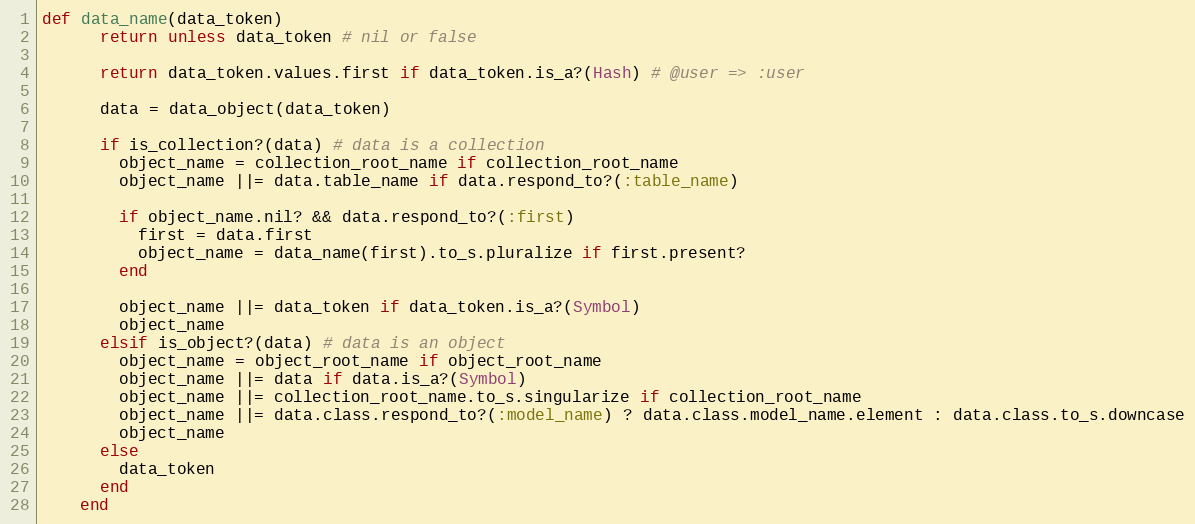
Language: Ruby
def data_name(data_token)
      return unless data_token # nil or false

      return data_token.values.first if data_token.is_a?(Hash) # @user => :user

      data = data_object(data_token)

      if is_collection?(data) # data is a collection
        object_name = collection_root_name if collection_root_name
        object_name ||= data.table_name if data.respond_to?(:table_name)

        if object_name.nil? && data.respond_to?(:first)
          first = data.first
          object_name = data_name(first).to_s.pluralize if first.present?
        end

        object_name ||= data_token if data_token.is_a?(Symbol)
        object_name
      elsif is_object?(data) # data is an object
        object_name = object_root_name if object_root_name
        object_name ||= data if data.is_a?(Symbol)
        object_name ||= collection_root_name.to_s.singularize if collection_root_name
        object_name ||= data.class.respond_to?(:model_name) ? data.class.model_name.element : data.class.to_s.downcase
        object_name
      else
        data_token
      end
    end